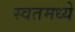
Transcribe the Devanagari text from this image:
स्वतमध्ये